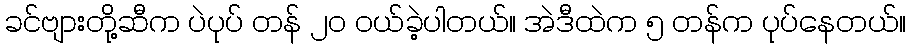
ခင်ဗျားတို့ဆီက ပဲပုပ် တန် ၂၀ ဝယ်ခဲ့ပါတယ်။ အဲဒီထဲက ၅ တန်က ပုပ်နေတယ်။